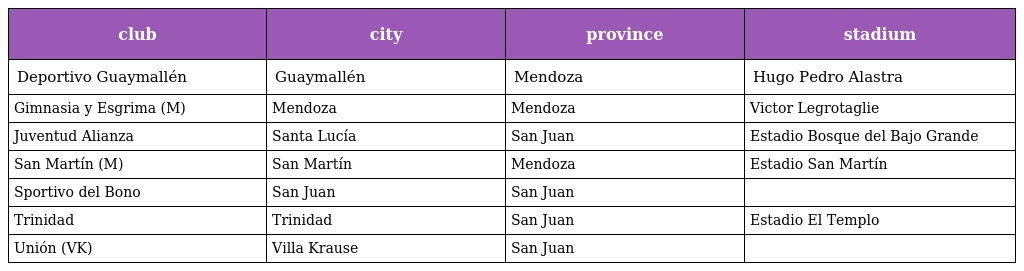
| club | city | province | stadium |
 | --- | --- | --- | --- |
 | Deportivo Guaymallén | Guaymallén | Mendoza | Hugo Pedro Alastra |
 | Gimnasia y Esgrima (M) | Mendoza | Mendoza | Victor Legrotaglie |
 | Juventud Alianza | Santa Lucía | San Juan | Estadio Bosque del Bajo Grande |
 | San Martín (M) | San Martín | Mendoza | Estadio San Martín |
 | Sportivo del Bono | San Juan | San Juan |  |
 | Trinidad | Trinidad | San Juan | Estadio El Templo |
 | Unión (VK) | Villa Krause | San Juan |  |